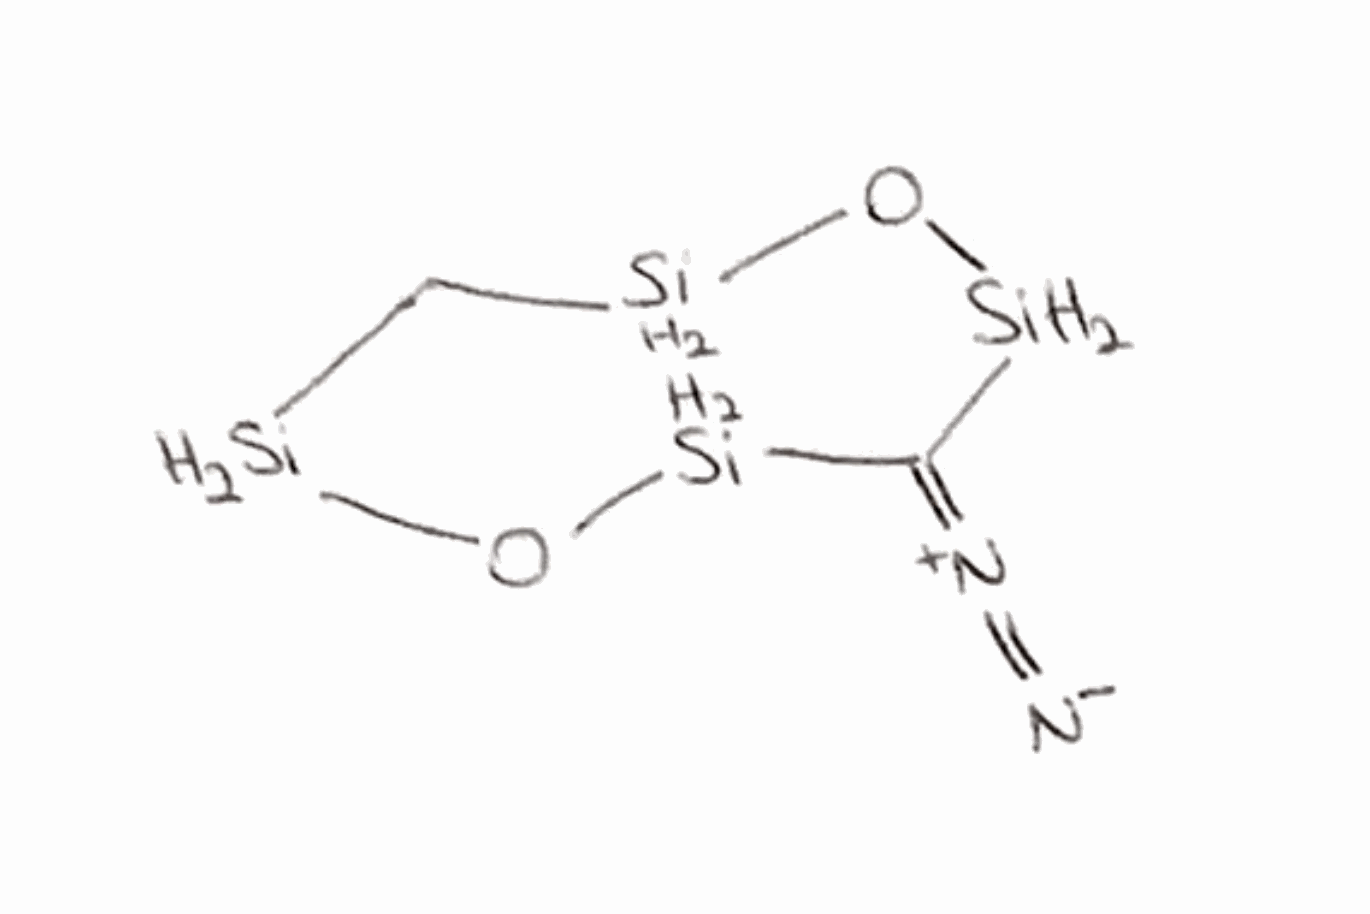
Simplified molecular-input line-entry system (SMILES) notation of the given molecule:
C1[SiH2]O[SiH2]C(=[N+]=[N-])[SiH2]O[SiH2]1